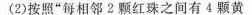
(2)按照”每相邻2颗红珠之间有4颗黄